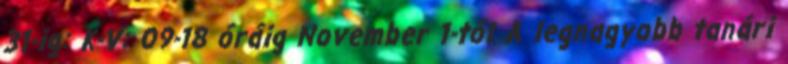
31-ig: K-V: 09-18 óráig November 1-től A legnagyobb tanári